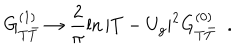
G _ { T { \bar { T } } } ^ { ( 1 ) } \rightarrow \frac { 2 } { \pi } \ln | T - U _ { g } | ^ { 2 } G _ { T { \bar { T } } } ^ { ( 0 ) } \; \; .